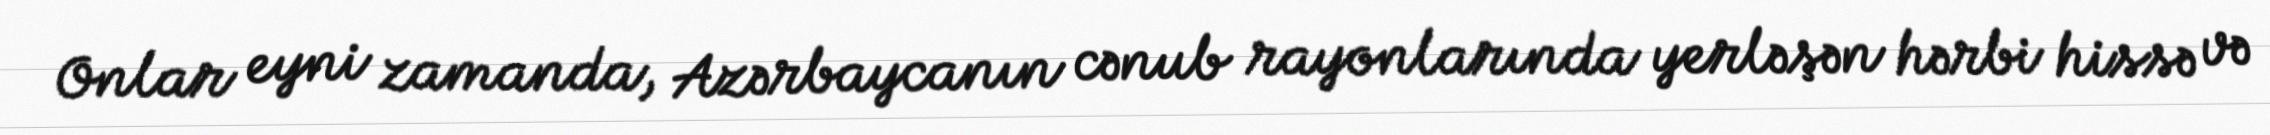
Onlar eyni zamanda, Azərbaycanın cənub rayonlarında yerləşən hərbi hissə və